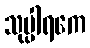
သုပ္ပါရကေ